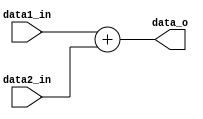
module Adder (
	data1_in, 	// A
	data2_in, 	// B
	data_o 		// S
);

input [31:0] data1_in, data2_in;
output reg [31:0] data_o;

assign data_o = data1_in + data2_in;

endmodule